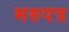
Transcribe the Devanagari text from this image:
मरुपत्र